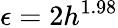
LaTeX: \epsilon=2h^{1.98}